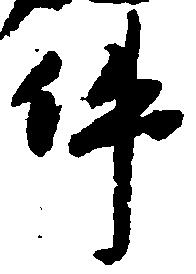
件